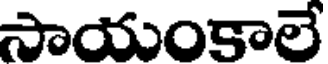
సాయంకాలే